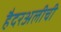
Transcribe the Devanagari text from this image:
हैदरअलीची